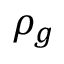
\rho _ { g }